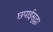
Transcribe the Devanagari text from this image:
छपाईसुद्धा